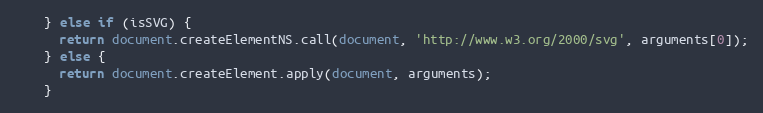
Language: JavaScript
    } else if (isSVG) {
      return document.createElementNS.call(document, 'http://www.w3.org/2000/svg', arguments[0]);
    } else {
      return document.createElement.apply(document, arguments);
    }